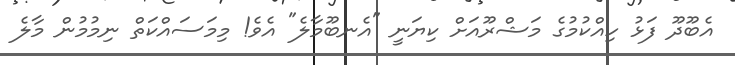
އެބޫދޫ ފަޅު ހިއްކުމުގެ މަޝްރޫއަށް ކިޔަނީ "އެނބޫމާލެ" އެވެ! މިމަސައްކަތް ނިމުމުން މާލެ